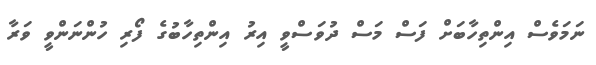
ނަމަވެސް އިންތިހާބަށް ފަސް މަސް ދުވަސްވީ އިރު އިންތިހާބުގެ ފޯރި ހުންނަންވީ ވަރާ